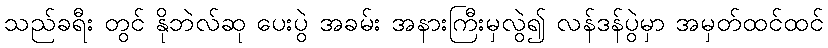
သည်ခရီး တွင် နိုဘဲလ်ဆု ပေးပွဲ အခမ်း အနားကြီးမှလွဲ၍ လန်ဒန်ပွဲမှာ အမှတ်ထင်ထင်